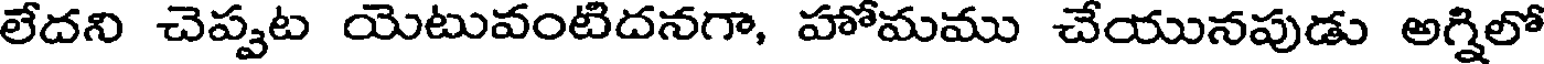
లేదని చెప్పట యెటువంటిదనగా, హోమము చేయునపుడు అగ్నిలో